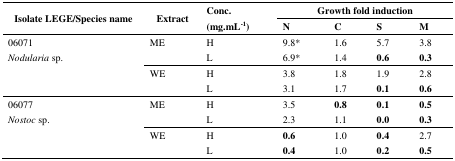
| <ROWSPAN=2> Isolate LEGE/Species name | <ROWSPAN=2> Extract | <ROWSPAN=2> Conc. (mg.mL−1) | <COLSPAN=4> Growth fold induction |
 | N | C | S | M |
 | --- | --- | --- | --- | --- | --- | --- |
 | <ROWSPAN=5> 06071Nodularia sp. | ME | H | 9.8* | 1.6 | 5.7 | 3.8 |
 |  | L | 6.9* | 1.4 | 0.6 | 0.3 |
 | WE | H | 3.8 | 1.8 | 1.9 | 2.8 |
 |  | L | 3.1 | 1.7 | 0.1 | 0.6 |
 | <ROWSPAN=5> 06077Nostoc sp. | ME | H | 3.5 | 0.8 | 0.1 | 0.5 |
 |  | L | 2.3 | 1.1 | 0.0 | 0.3 |
 | WE | H | 0.6 | 1.0 | 0.4 | 2.7 |
 |  | L | 0.4 | 1.0 | 0.2 | 0.5 |